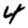
Digit: 4